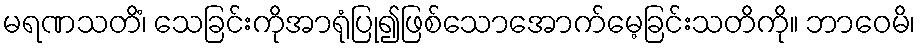
မရဏသတိံ၊ သေခြင်းကိုအာရုံပြု၍ဖြစ်သောအောက်မေ့ခြင်းသတိကို။ ဘာဝေမိ၊